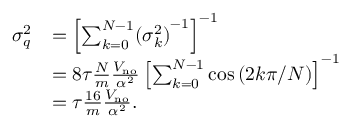
\begin{array} { r l } { \sigma _ { q } ^ { 2 } } & { = \left[ \sum _ { k = 0 } ^ { N - 1 } ( { \sigma _ { k } ^ { 2 } ) } ^ { - 1 } \right] ^ { - 1 } } \\ & { = 8 \tau \frac { N } { m } \frac { V _ { \mathrm { n o } } } { \alpha ^ { 2 } } \left[ \sum _ { k = 0 } ^ { N - 1 } \cos \left( 2 k \pi / N \right) \right] ^ { - 1 } } \\ & { = \tau \frac { 1 6 } { m } \frac { V _ { \mathrm { n o } } } { \alpha ^ { 2 } } . } \end{array}